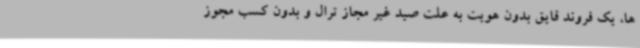
ها، یک فروند قایق بدون هویت به علت صید غیر مجاز ترال و بدون کسب مجوز